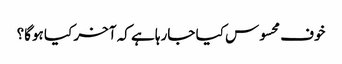
خوف محسوس کیا جارہا ہے کہ آخر کیا ہوگا؟